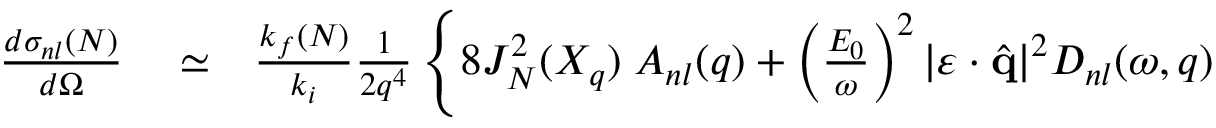
\begin{array} { r l r } { \frac { d { \sigma } _ { n l } ( N ) } { d \Omega } } & { { } \simeq } & { \frac { k _ { f } ( N ) } { k _ { i } } \frac { 1 } { 2 q ^ { 4 } } \left\{ 8 J _ { N } ^ { 2 } ( X _ { q } ) \; { \cal A } _ { n l } ( q ) + \left( \frac { { \cal E } _ { 0 } } { \omega } \right) ^ { 2 } | \boldsymbol { \varepsilon } \cdot { \hat { \mathbf { q } } } | ^ { 2 } { \cal D } _ { n l } ( \omega , q ) \right. } \end{array}